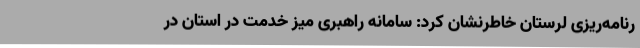
رنامه‌ریزی لرستان خاطرنشان کرد: سامانه راهبری میز خدمت در استان در